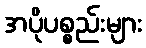
အပိုပစ္စည်းများ